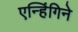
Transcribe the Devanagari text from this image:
एन्हिंगिने